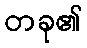
တခု၏